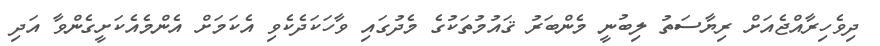
ދިވެހިރާއްޖެއަށް ރިޔާސަތު ލިބުނީ މެންބަރު ޤައުމުތަކުގެ މެދުގައި ވާހަކަދެކެވި އެކަމަށް އެންމެއެކަށީގެންވާ އަދި